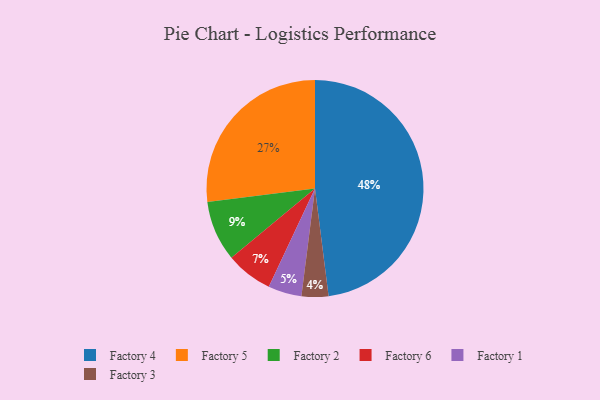
{"axis": {"x": "Category", "y": "Percentage"}, "legend": ["Factory 1", "Factory 2", "Factory 3", "Factory 4", "Factory 5", "Factory 6"], "data": [{"x": "Factory 5", "y": 27, "type": "Factory 5"}, {"x": "Factory 1", "y": 5, "type": "Factory 1"}, {"x": "Factory 6", "y": 7, "type": "Factory 6"}, {"x": "Factory 2", "y": 9, "type": "Factory 2"}, {"x": "Factory 3", "y": 4, "type": "Factory 3"}, {"x": "Factory 4", "y": 48, "type": "Factory 4"}]}